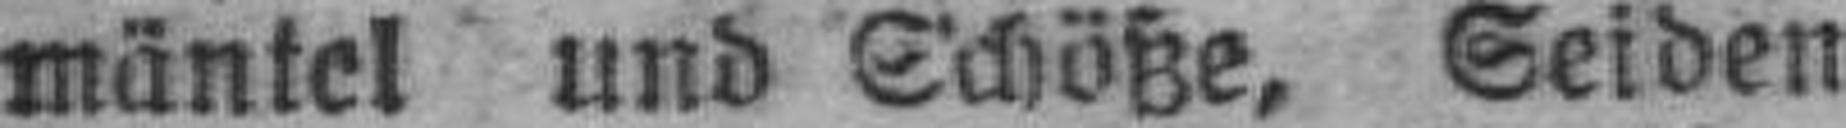
mäntel und Schöße, Seiden=